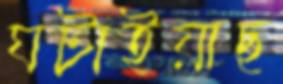
ঘটাইয়াছ